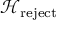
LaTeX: { \mathcal { H } } _ { \mathrm { r e j e c t } }